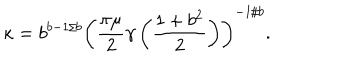
LaTeX: \kappa = b ^ { b - 1 / b } \left( \frac { \pi \mu } { 2 } \gamma \left( \frac { 1 + b ^ { 2 } } { 2 } \right) \right) ^ { - 1 / b } .